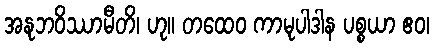
အနုဘဝိဿာမီတိ၊ ဟု။ တထေဝ ကာမုပါဒါန ပစ္စယာ ဧဝ၊